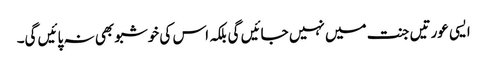
ایسی عورتیں جنت میں نہیں جائیں گی بلکہ اس کی خوشبو بھی نہ پائیں گی۔